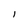
Character: l